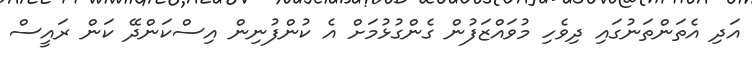
އަދި އެތަންތަނުގައި ދިވެހި މުވައްޒަފުން ގެންގުޅުމަށް އެ ކުންފުނިން އިސްކަންދޭ ކަން ރައީސް